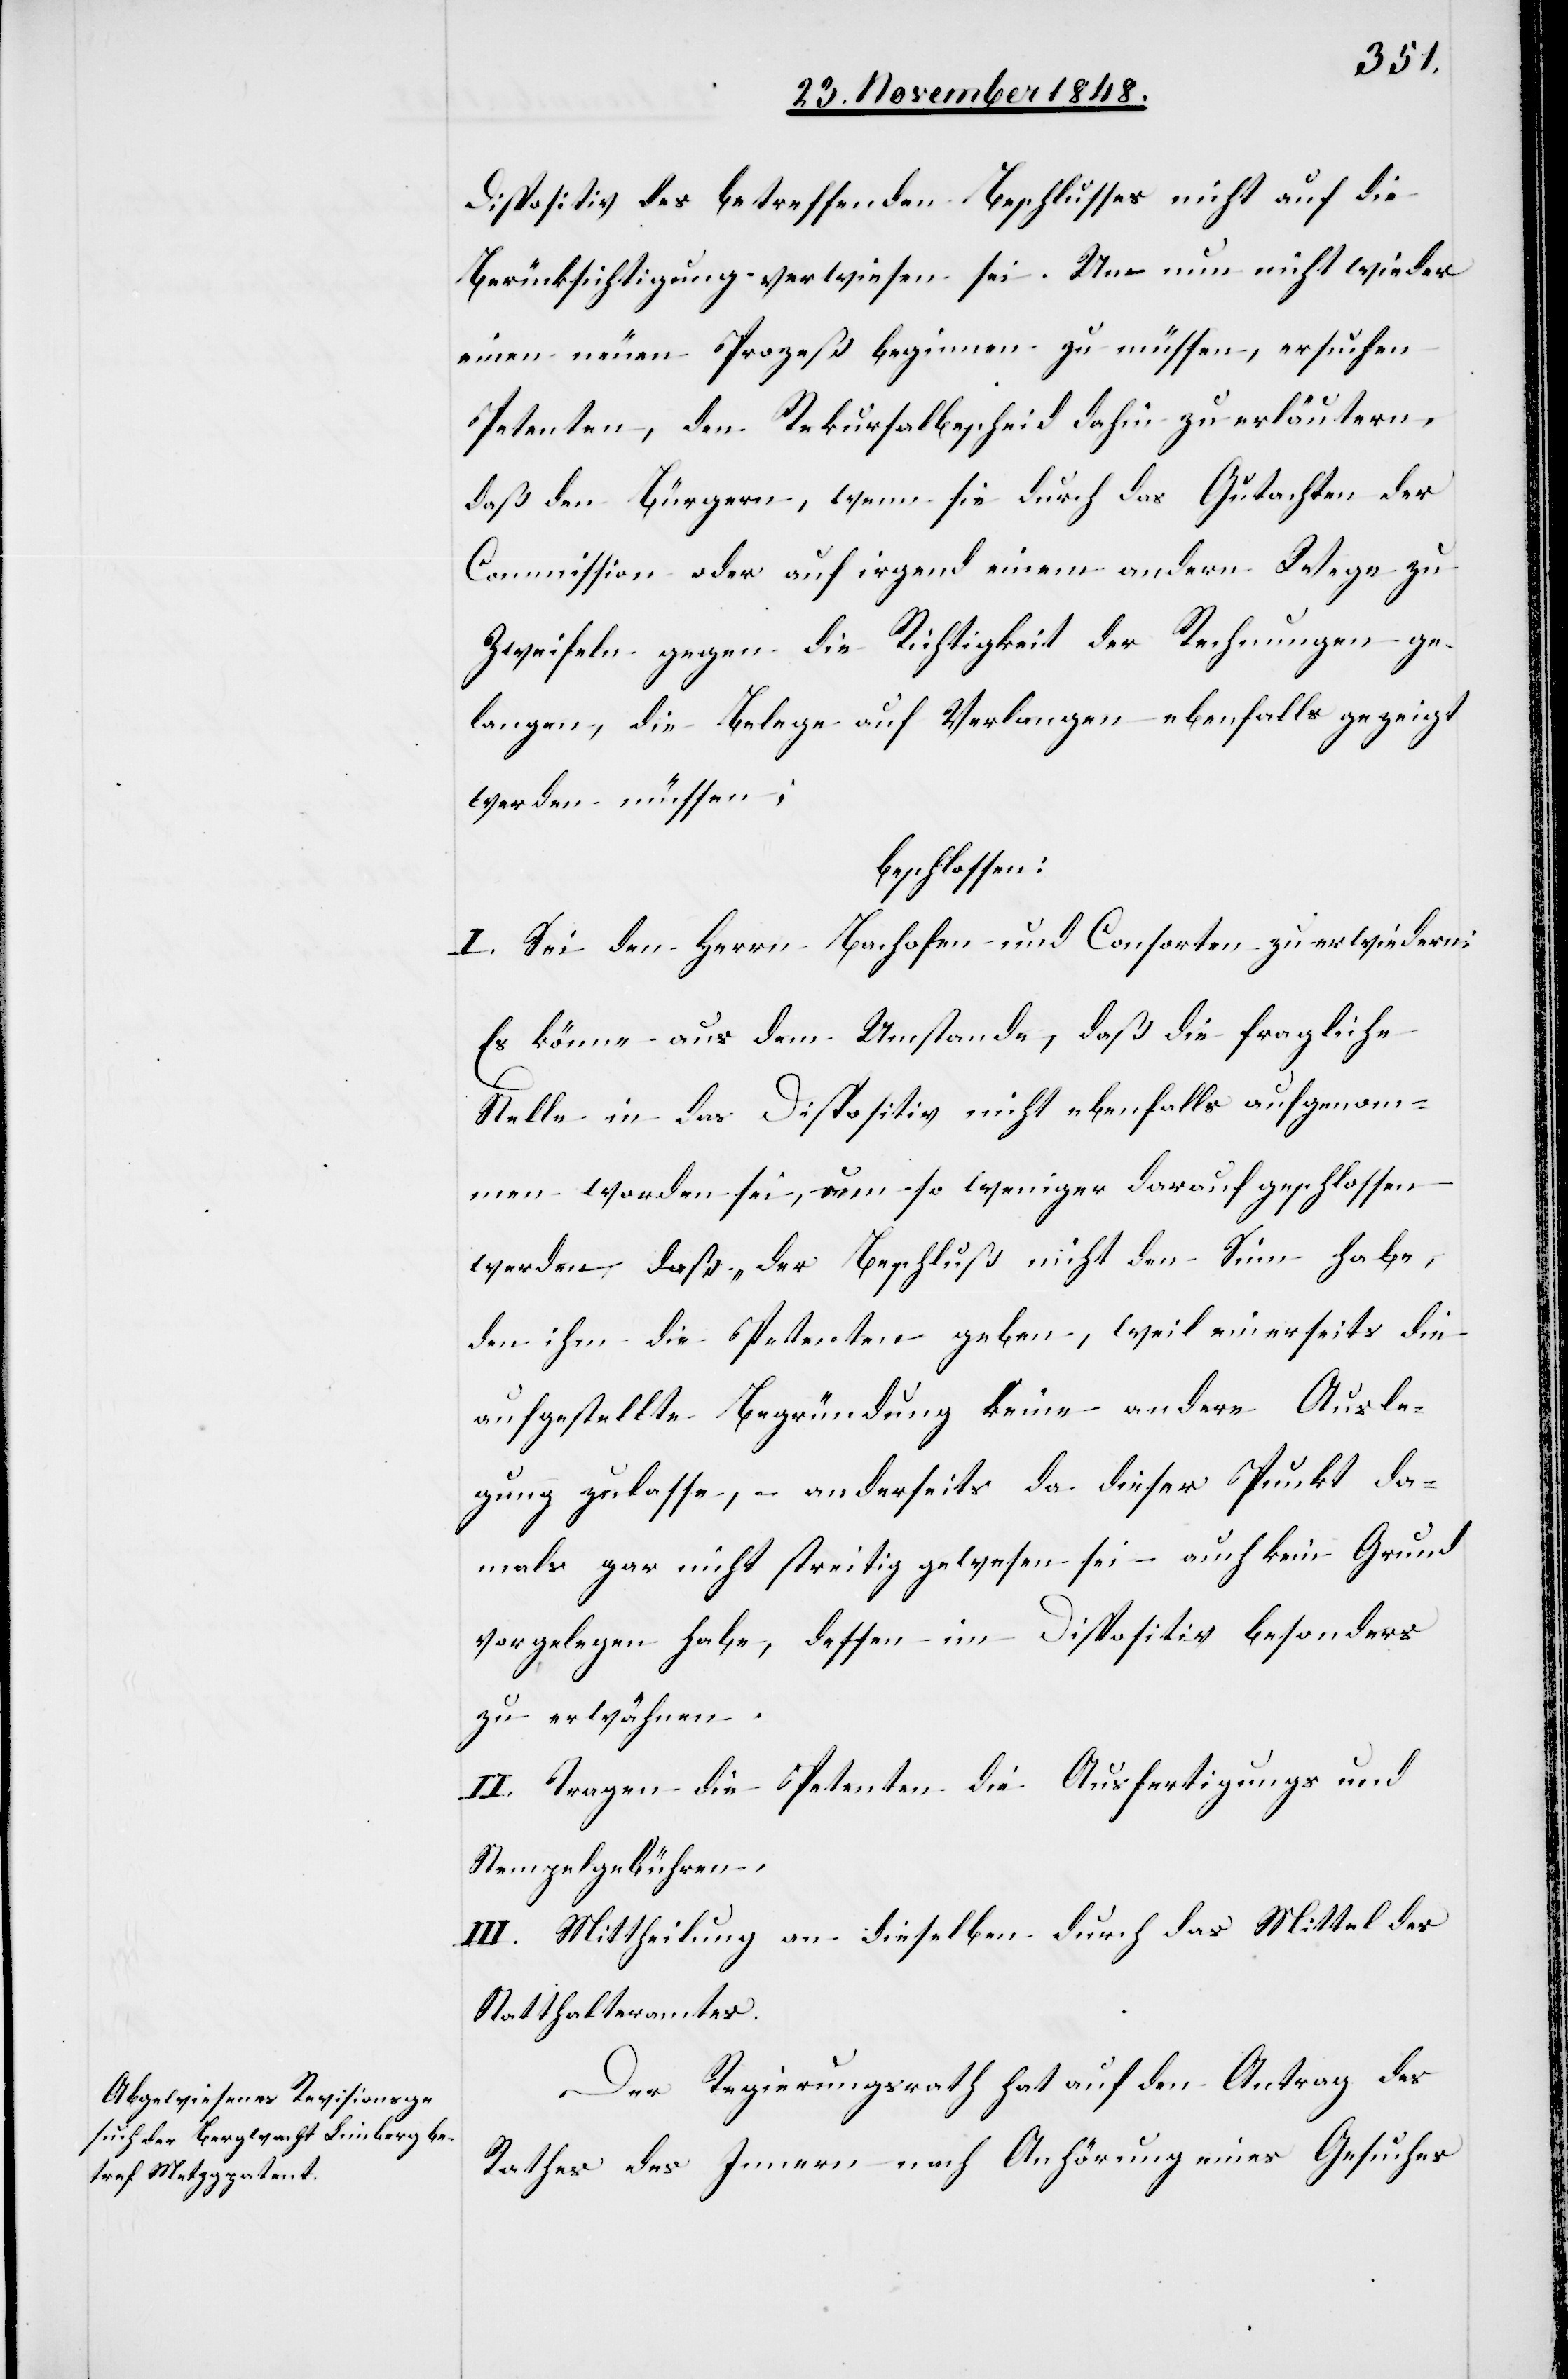
Dispositiv des betreffenden Beschlusses nicht auf die
Berücksichtigung verwiesen sei. Um nun nicht wieder
einen neuen Prozeß beginnen zu müssen, ersuchen
Petenten, den Rekursalbescheid dahin zu erläutern,
daß den Bürgern, wenn sie durch das Gutachten der
Commission oder auf irgend einem andern Wege zu
Zweifeln gegen die Richtigkeit der Rechnungen ge¬
langen, die Belege auf Verlangen ebenfalls gezeigt
werden müssen;
beschlossen:
I. Sei den Herrn Bachofen und Consorten zu erwiedern:
Es könne aus dem Umstande, daß die fragliche
Stelle in das Dispositiv nicht ebenfalls aufgenom¬
men worden sei, um so weniger darauf geschlossen
werden, daß „der Beschluß nicht den Sinn habe,
den ihm die Petenten geben, weil einerseits die
aufgestellte Begründung keine andere Ausle¬
gung zulasse, – anderseits da dieser Punkt da¬
mals gar nicht streitig gewesen sei – auch kein Grund
vorgelegen habe, dessen im Dispositiv besonders
zu erwähnen.[“]
II. Tragen die Petenten die Ausfertigungs- und
Stempelgebühren.
III. Mittheilung an dieselben durch das Mittel des
Statthalteramtes.
Der Regierungsrath hat auf den Antrag des
Rathes des Innern nach Anhörung eines Gesuches